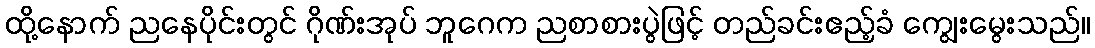
ထို့နောက် ညနေပိုင်းတွင် ဂိုဏ်းအုပ် ဘူဂေက ညစာစားပွဲဖြင့် တည်ခင်းဧည့်ခံ ကျွေးမွေးသည်။